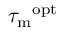
{ \tau _ { \mathrm { m } } } ^ { \mathrm { o p t } }